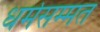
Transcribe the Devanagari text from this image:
धर्मसम्मत